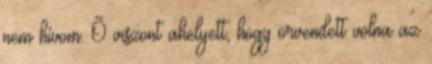
nem hívom. Õ viszont ahelyett, hogy örvendett volna az